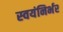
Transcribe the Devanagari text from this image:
स्‍वयंनिर्भर